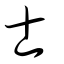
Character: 士